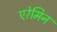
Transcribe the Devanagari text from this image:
एरेमिन